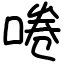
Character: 啳